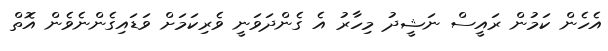
އެހެން ކަމުން ރައީސް ނަޝީދު މިހާރު އެ ގެންދަވަނީ ވެރިކަމަށް ވަޑައިގެންނެވެން އޮތް